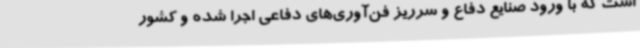
است که با ورود صنایع دفاع و سرریز فن‌آوری‌های دفاعی اجرا شده و کشور